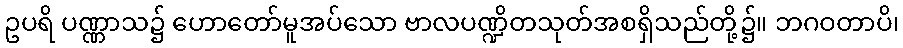
ဥပရိ ပဏ္ဏာသ၌ ဟောတော်မူအပ်သော ဗာလပဏ္ဍိတသုတ်အစရှိသည်တို့၌။ ဘဂဝတာပိ၊